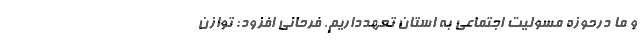
و ما درحوزه مسولیت اجتماعی به استان تعهدداریم. فرحانی افزود: توازن